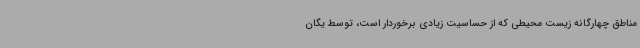
مناطق چهارگانه زیست محیطی که از حساسیت زیادی برخوردار است، توسط یگان